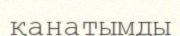
қанатымды